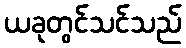
ယခုတွင်သင်သည်